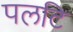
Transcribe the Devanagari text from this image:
पलटि